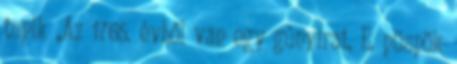
topik „Az 1765. évből van egy gúnyirat, E. püspök